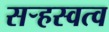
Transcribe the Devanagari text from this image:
सऱ्हस्वत्व